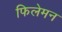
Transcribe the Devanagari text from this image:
फिलेमन